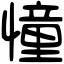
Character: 憧